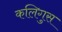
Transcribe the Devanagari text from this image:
कलिगुस